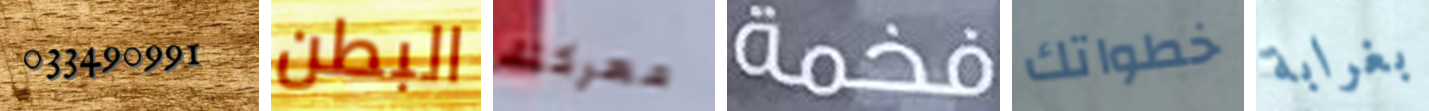
033490991 البطن معركتك فخمة خطواتك بغرابة